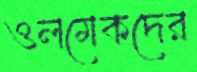
ওলমেকদের